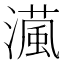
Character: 𤀘